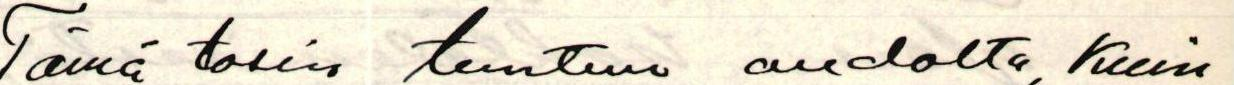
Tämä tosin tuntuu oudolta, kuin